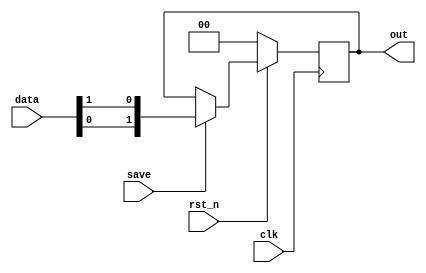
module osscon(input wire clk,
					input wire rst_n,
					input wire [3:0]data,
					input wire save,
					output reg [1:0]out);
					
always @(posedge clk)
begin
	if (rst_n == 0)
		out <= 0;
	else 
		begin 
			if (save == 1)
				out <= {data[0], data[1]};
			else
				out <= out;
		end
end
endmodule